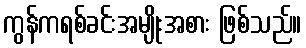
ကွန်ကရစ်ခင်းအမျိုးအစား ဖြစ်သည်။